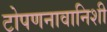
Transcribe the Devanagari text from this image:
टोपणनावानिशी